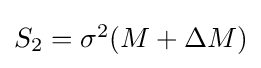
{\textstyle S_{2}=\sigma ^{2}(M+\Delta M)}